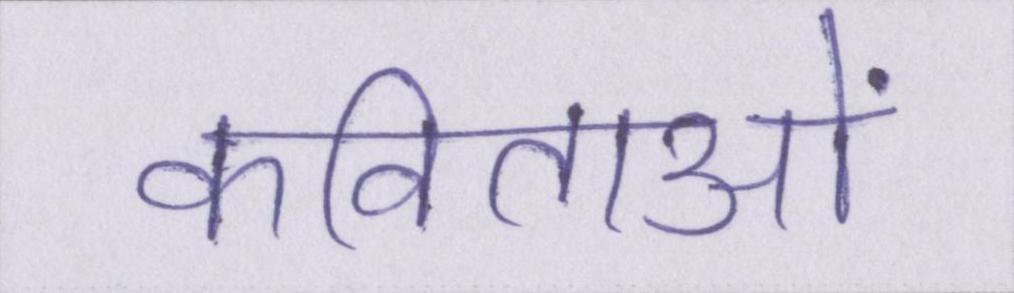
कविताओं